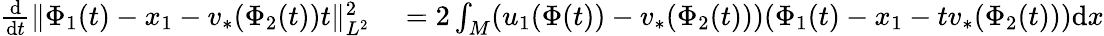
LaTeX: \begin{array}{rl}{\frac{\mathrm{d}}{\mathrm{d}t}\| \Phi_{1}(t)-x_{1}-v_{*}(\Phi_{2}(t))t\| _{L^{2}}^{2}}&{{}=2\int_{M}(u_{1}(\Phi(t))-v_{*}(\Phi_{2}(t)))(\Phi_{1}(t)-x_{1}-tv_{*}(\Phi_{2}(t)))\mathrm{d}x}\end{array}